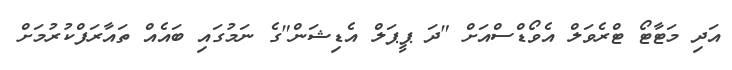
އަދި މަޓާޓޯ ޓްރެވަލް އެވޯޑްސްއަށް "ދަ ޕީޕަލް އެޑިޝަން"ގެ ނަމުގައި ބައެއް ތައާރަފްކުރުމަށް